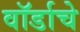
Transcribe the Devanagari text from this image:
वॉर्डाचे